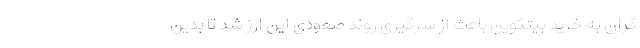
گران به خرید بیتکوین باعث از سرگیری روند صعودی این ارز شد تا بدین